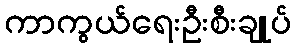
ကာကွယ်ရေးဦးစီးချုပ်